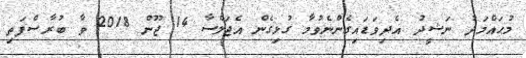
މުޙައްމަދު ނަޝީދު އެދިވަޑައިގެންނެވުމާ ގުޅިގެން އެޖަލްސާ 14 ޖޫން 2018 ވާ ބުރާސްފަތި